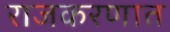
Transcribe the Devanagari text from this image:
राजकरणात